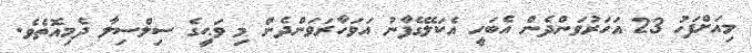
މިއަށްފަހު 23 އަހަރުވަންދެން އެބަހީ އެކަލޭގެފާނު އަވަހާރަވަންދެން މި ވަޙީގެ ސިލްސިލާ ދެމިއޮތެވެ.